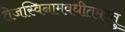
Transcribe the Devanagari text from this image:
तेजस्विनामवधीतमस्तु